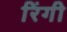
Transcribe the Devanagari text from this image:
रिंगी